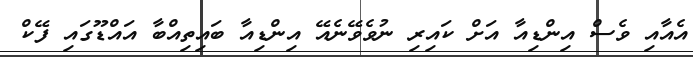
އެއާއި ވެސް އިންޑިއާ އަށް ކައިރި ނުވެވޭނެއޭ އިންޑިއާ ބައިތިއްބާ އައްޑޫގައި ފޭކް